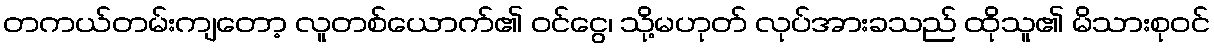
တကယ်တမ်းကျတော့ လူတစ်ယောက်၏ ဝင်ငွေ၊ သို့မဟုတ် လုပ်အားခသည် ထိုသူ၏ မိသားစုဝင်